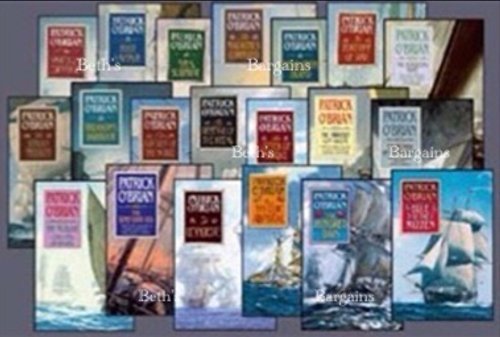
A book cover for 19 Book Set: The Aubrey Maturin Series - Master and Commander, Post Captain, HMS Surprise, The Mauritius Command, Desolation Island, The Fortune of War, The Surgeon's Mate, The Ionian Mission, Treason's Harbour, The Far Side of the World + 9 More (The Aubrey - Maturin Series Set, Vol. 1, 2, 3, 4, 5, 6, 7, 8, 9, 10, 11, 12, 13, 14, 15, 16, 17, 18, 19); Patrick O'Brian; Literature & Fiction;